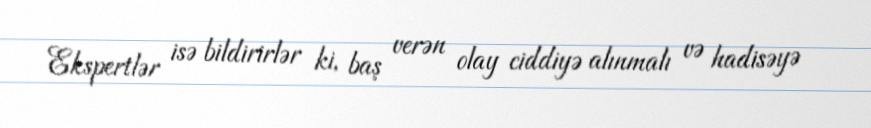
Ekspertlər isə bildirirlər ki, baş verən olay ciddiyə alınmalı və hadisəyə